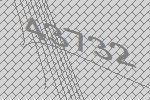
43732